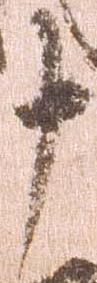
十